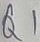
Text: Q1